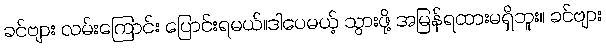
ခင်ဗျား လမ်းကြောင်း ပြောင်းရမယ်။ဒါပေမယ့် သွားဖို့ အမြန်ရထားမရှိဘူး။ ခင်ဗျား